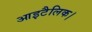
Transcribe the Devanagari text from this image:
आइटैलिक।